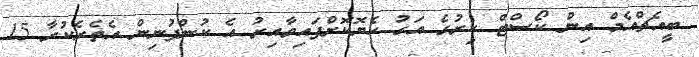
ބީއެޗްއެމް އިން ކޯސްޓް ކިރުގެ އަގު ހެޔޮކޮށްފައިވާއިރު އެ ކުންފުނިން އެތެރެކުރާ 15